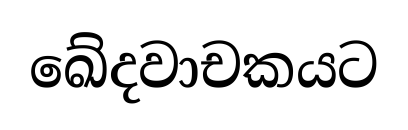
ඛේදවාචකයට